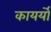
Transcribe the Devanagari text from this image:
कायर्यों